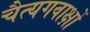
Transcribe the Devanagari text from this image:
चैत्यगवाक्षों